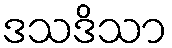
ဒသဒိသာ